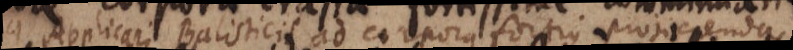
Applicari Balisticis ad corpora fortius projicienda